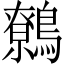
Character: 鷯